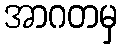
အာဂတမှ